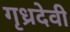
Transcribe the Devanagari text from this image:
गृध्रदेवी